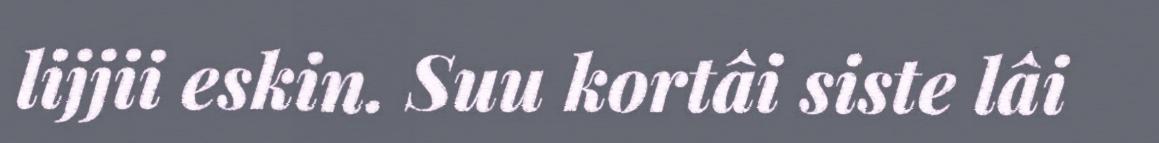
lijjii eskin. Suu kortâi siste lâi